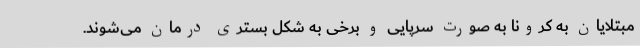
مبتلایان به کرونا به صورت سرپایی و برخی به شکل بستری درمان می‌شوند.